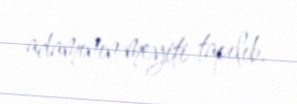
adamının meyiti tapılıb.